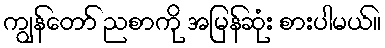
ကျွန်တော် ညစာကို အမြန်ဆုံး စားပါမယ်။